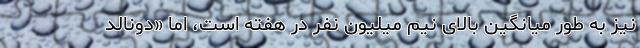
نیز به طور میانگین بالای نیم میلیون نفر در هفته است، اما «دونالد